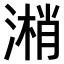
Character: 𣻘